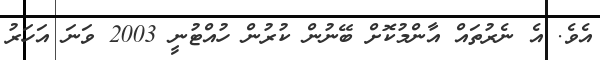
އެވެ. އެ ނެރުތައް އާންމުކޮށް ބޭނުން ކުރުން ހުއްޓުނީ 2003 ވަނަ އަހަރު